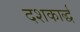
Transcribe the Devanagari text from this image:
दशकार्द्ध